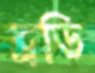
ব্রডি